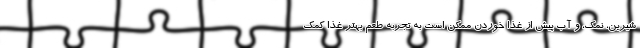
شیرین، نمک، و آب پیش از غذا خوردن ممکن است به تجربه طعم بهتر غذا کمک